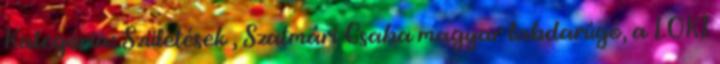
Kategória: Születések , Szatmári Csaba magyar labdarúgó, a LOKI